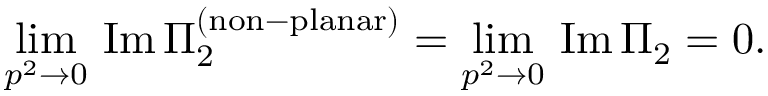
\operatorname * { l i m } _ { p ^ { 2 } \rightarrow 0 } \, \mathrm { I m } \, \Pi _ { 2 } ^ { \mathrm { ( n o n \mathrm { - } p l a n a r ) } } = \operatorname * { l i m } _ { p ^ { 2 } \rightarrow 0 } \, \mathrm { I m } \, \Pi _ { 2 } = 0 .